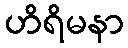
ဟိရိမနာ